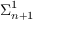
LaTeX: { \boldsymbol { \Sigma } } _ { n + 1 } ^ { 1 }